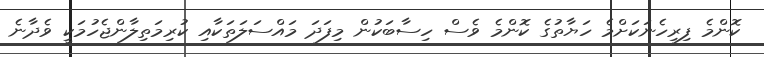
ކޮންމެ ފިރިހެނަކަށްމެ ހަޔާތުގެ ކޮންމެ ވެސް ހިސާބަކުން މިފަދަ މައްސަލަތަކާއި ކުރިމަތިލާންޖެހުމަކީ ވެދާނެ